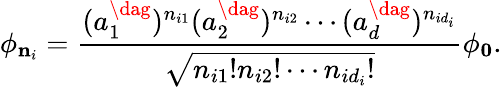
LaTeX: \phi_{{\mathbf n}_{i}}=\frac{(a_{1}^{\dag})^{n_{i1}}(a_{2}^{\dag})^{n_{i2}}\cdots(a_{d}^{\dag})^{n_{id_{i}}}}{\sqrt{n_{i1}!n_{i2}!\cdots n_{id_{i}}!}}\phi_{{\mathbf 0}}.